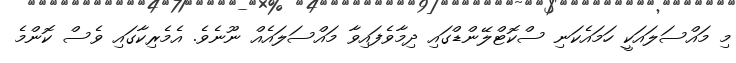
މި މައްސަލައަކީ ހަމައެކަނި ސްކޮޓްލޭންޑްގައި ދިމާވެފައިވާ މައްސަލައެއް ނޫނެވެ. އެމެރިކާގައި ވެސް ކޮންމެ